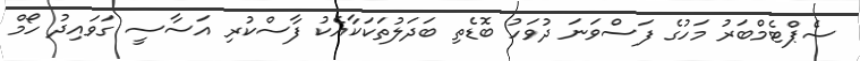
ސެޕްޓެމްބަރު މަހުގެ ފަސްވަނަ ދުވަހު ބޮޑެތި ބަދަލުތަކަކާއެކު ފާސްކުރި އަސާސީ ގަވައިދު ހޯމް